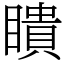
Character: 瞶